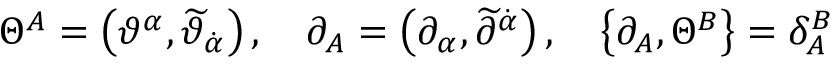
\Theta ^ { A } = \left( \vartheta ^ { \alpha } , \widetilde { \vartheta } _ { \dot { \alpha } } \right) , \quad \partial _ { A } = \left( \partial _ { \alpha } , \widetilde { \partial } ^ { \dot { \alpha } } \right) , \quad \left\{ \partial _ { A } , \Theta ^ { B } \right\} = \delta _ { A } ^ { B }